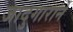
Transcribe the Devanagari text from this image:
जादुगाराने